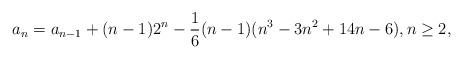
LaTeX: \begin{align*}a_n&=a_{n-1}+(n-1)2^n-\frac{1}{6}(n-1)(n^3-3n^2+14n-6), n \geq 2,\\\end{align*}